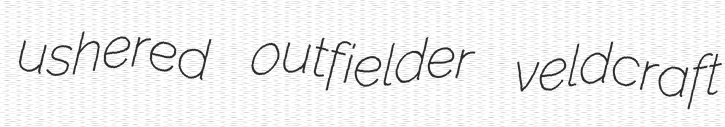
ushered outfielder veldcraft